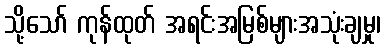
သို့သော် ကုန်ထုတ် အရင်းအမြစ်များအသုံးချမှု၊